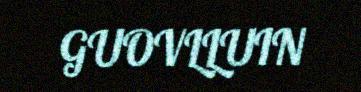
GUOVLLUIN